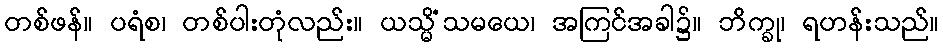
တစ်ဖန်။ ပရံစ၊ တစ်ပါးတုံလည်း။ ယသ္မိံသမယေ၊ အကြင်အခါ၌။ ဘိက္ခု၊ ရဟန်းသည်။